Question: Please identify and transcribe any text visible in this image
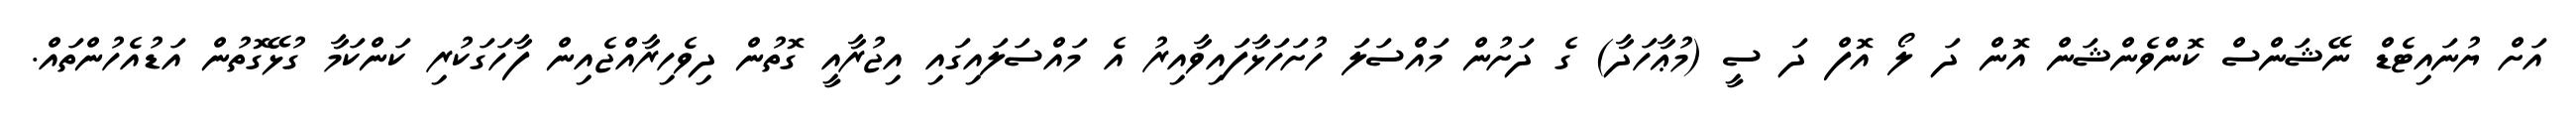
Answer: އަށް ޔުނައިޓެޑް ނޭޝަންސް ކޮންވެންޝަން އޮން ދަ ލޯ އޮފް ދަ ސީ (މުޢާހަދާ) ގެ ދަށުން މައްސަލަ ހުށަހަޅާފައިވާއިރު އެ މައްސަލައިގައި އިޖުރާއީ ގޮތުން ދިވެހިރާއްޖެއިން ފާހަގަކުރި ކަންކަމާ ގުޅޭގޮތުން އަޑުއެހުންތައް.